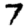
Digit: 7